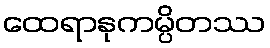
ထေရာနုကမ္ပိတဿ